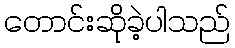
တောင်းဆိုခဲ့ပါသည်